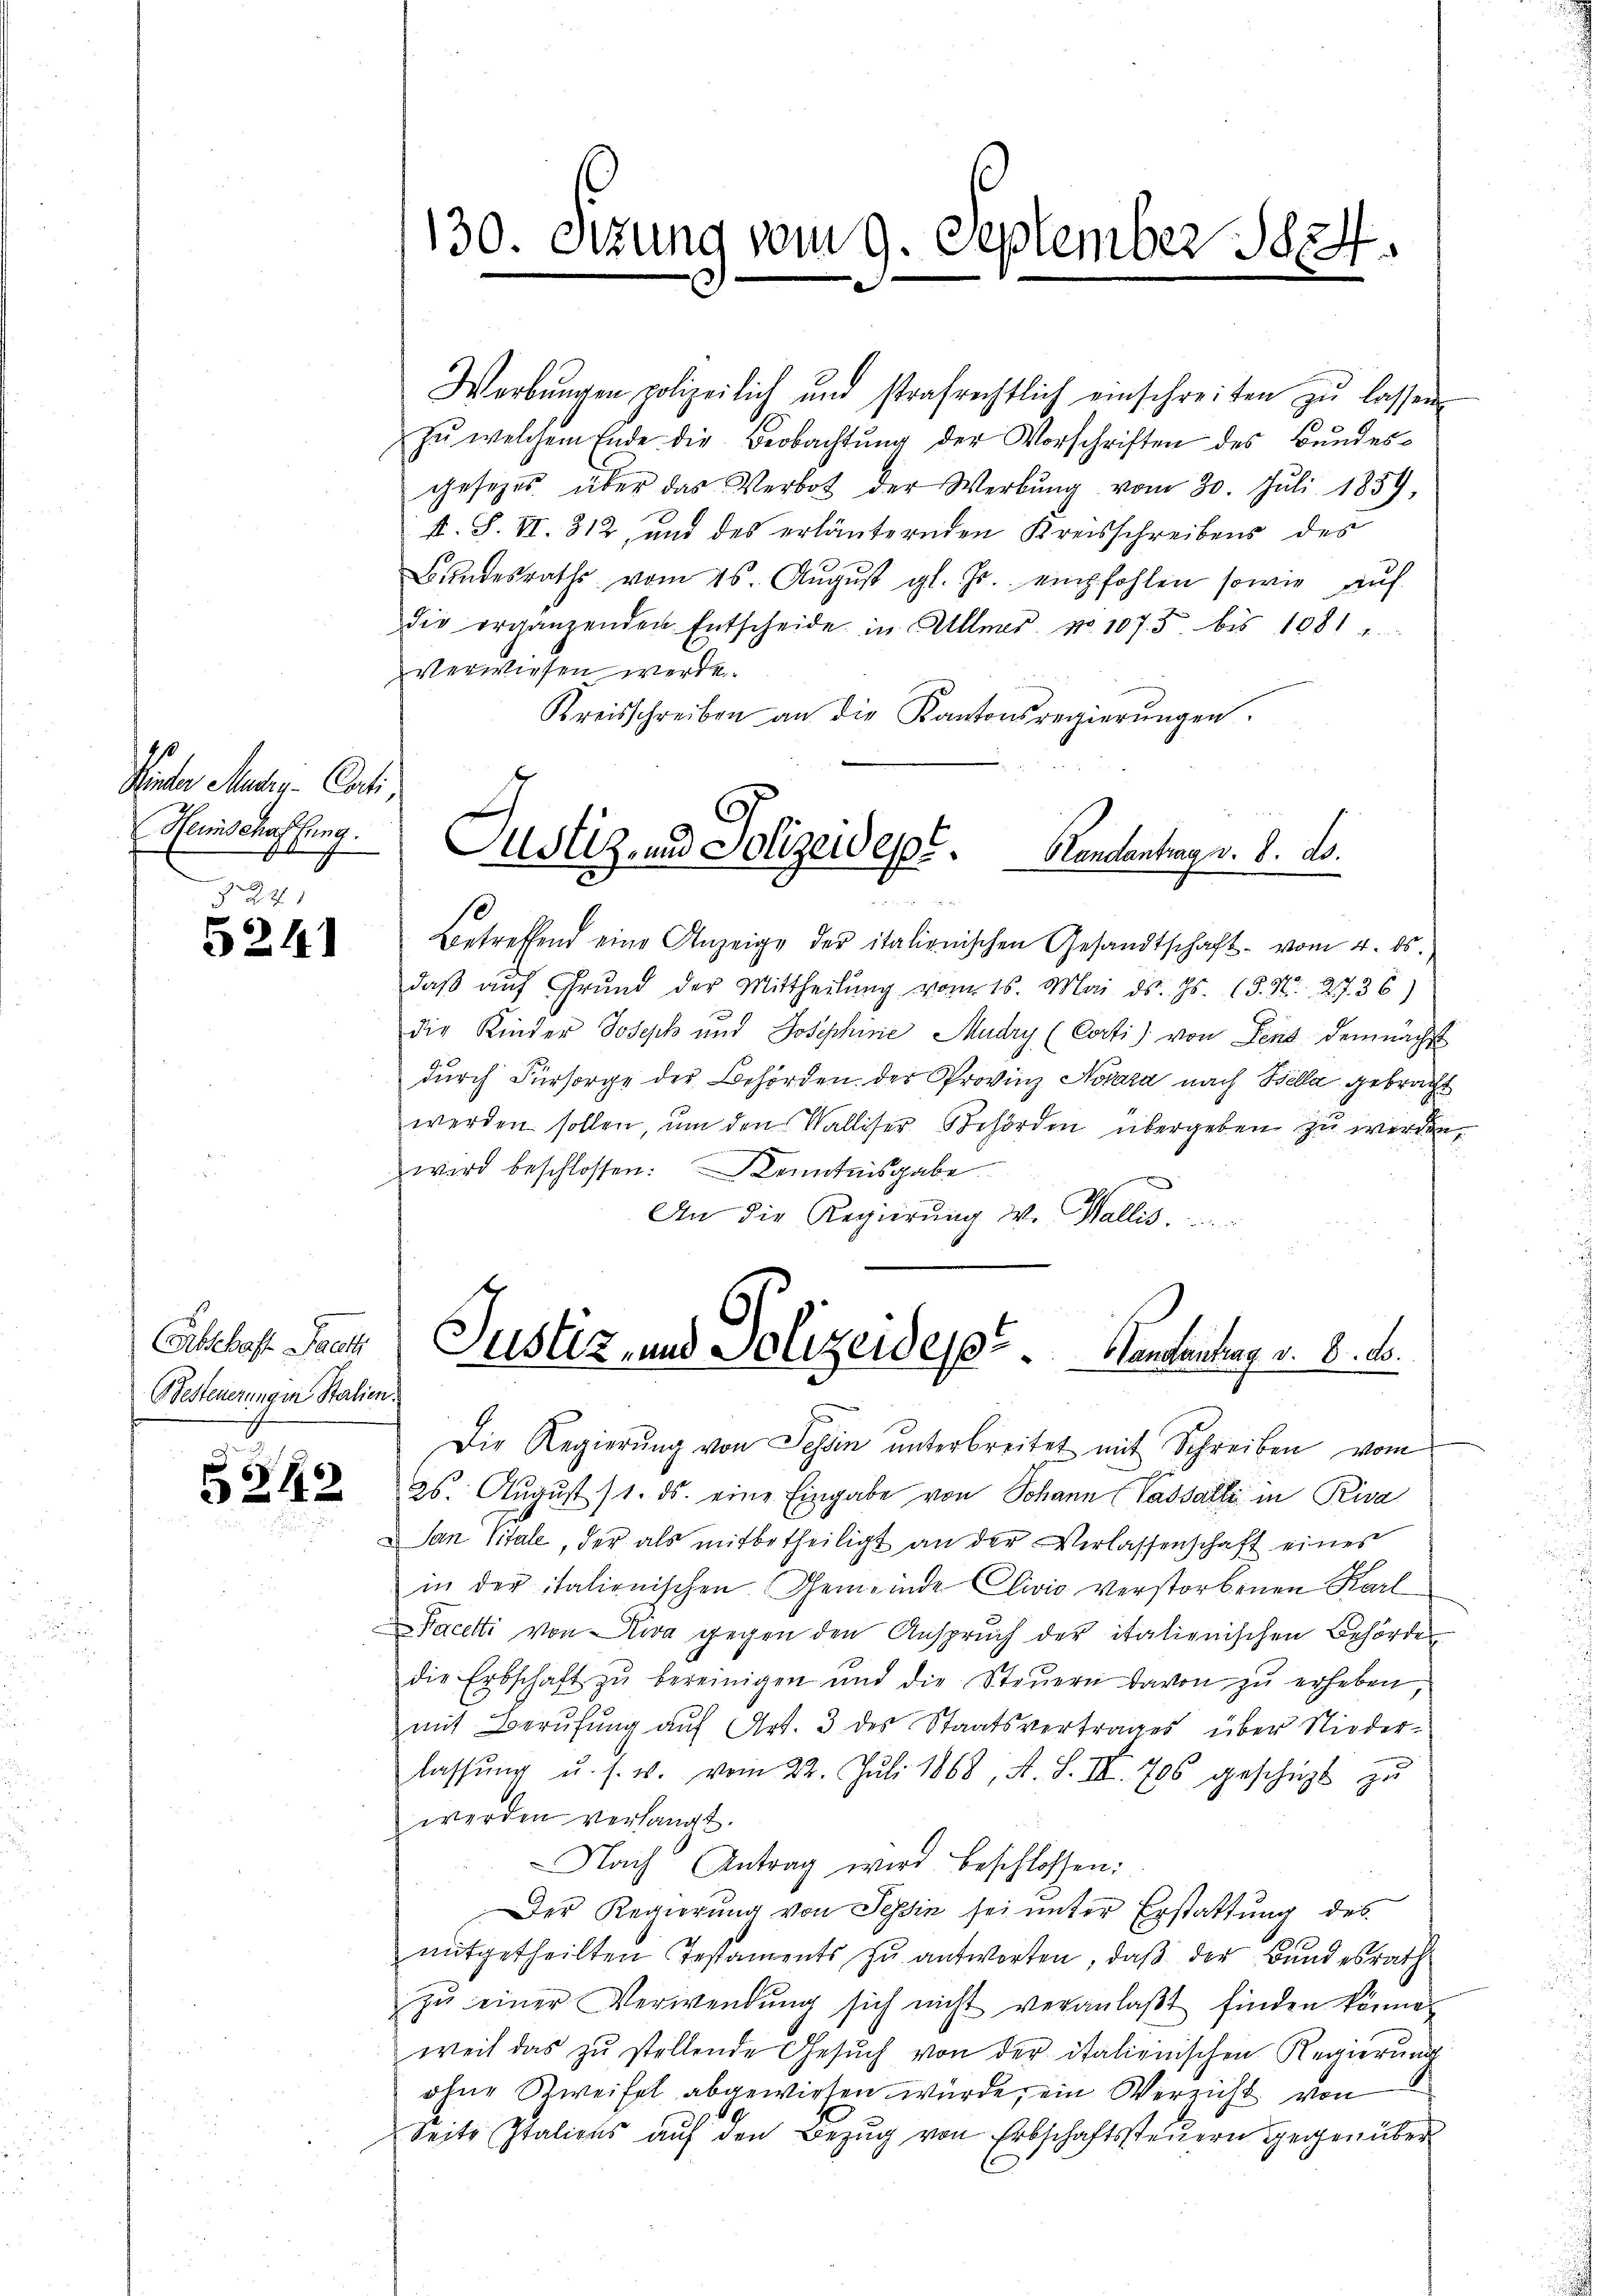
Koster Meier-Cati,
Henschaffung.
§ 241

5241

Erbschaft Saat
Besteuerungen Stalien

5242

130. Sitzung vom 9. September 1824.
2

Werbŭngen polizeilich und strafrechtlich einschreiten zŭ lassen.
zu welchem Ende die Beobachtung der Vorschriften des Bundesgesezes über das Verbot der Werbŭng vom 30. Jŭli 1859
I. S. VI. 312, und des erläuternden Kreisschreibens des
Bŭndesraths vom 15. Aŭgŭst gl. Js. empfohlen sowie auf
die ergänzenden Entscheide in Allens. No. 1075 bis 1081
verwiesen werde.
Kreisschreiben an die Kantonsregierŭngen.
Justiz und Polizeidept. Handentrag v. 8. ds.
Betreffend eine Anzeige der italienischen Gesandtschaft vom 4. ds.
daβ aŭf Grund der Mittheilŭng vom 16. Mai d. Js. 18. No. 2736)
die Kinder Joseph und Josephine Mudry (Corti) von Fens demnächst
dŭrch Fürsorge der Behörden des Provinz Notara nach Bella gebracht
werden sollen, um den Walliser Behörden übergeben zu werden,
wird beschlossen: Kenntnisgabe
An die Regierŭng W. Wallis.

Justiz und Polizeides Sandeutung v. 8. d.

Die Regierung von Schön unterbreitet mit Schreiben vom
26. August 11. ds. eine Eingabe von Johann (Passati in Riva
San Vitale, der als mitbetheiligt an der Verlassenschaft eines
in der italienischen Gemeinde Clivio verstorbenen Karl
Facetti von Riva gegen den Anspruch der italienischen Behörde
die Erbschaft zŭ bereinigen und die Steŭern davon zŭ erheben,
mit Berŭfŭng aŭf Art. 3 des Staatsvertrages über Nieder-
lassŭng u. s. u. vom 22. Jŭli 1868, A. S. III. 706 geschicht zŭ
werden verlangt.
Nach Antrag wird beschlossen:
Der Regierung von Tessin sei unter Erstattung des
mitgetheilten Testaments zu antworten, daß der Bundesrath
zŭ einer Verwendŭng sich nicht veranlaβt finden könne.
weil das zŭ stellende Gesŭch von der italienischen Regierŭng
ohne Zweifel abgewiesen wurde, ein Verzicht von
Seite Italiens aŭf den Bezŭg von Erbschaftssteuern gegenüber